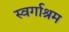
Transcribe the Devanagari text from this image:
स्‍वर्गाश्रम